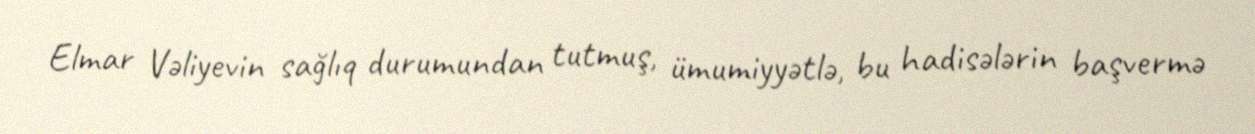
Elmar Vəliyevin sağlıq durumundan tutmuş, ümumiyyətlə, bu hadisələrin başvermə